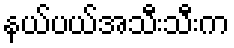
နယ်ပယ်အသီးသီးက